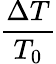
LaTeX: \frac{\Delta T}{T_{0}}